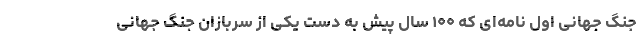
جنگ جهانی اول نامه‌ای که ۱۰۰ سال پیش به دست یکی از سربازان جنگ جهانی